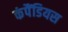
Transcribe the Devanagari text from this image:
कंपैंडियस